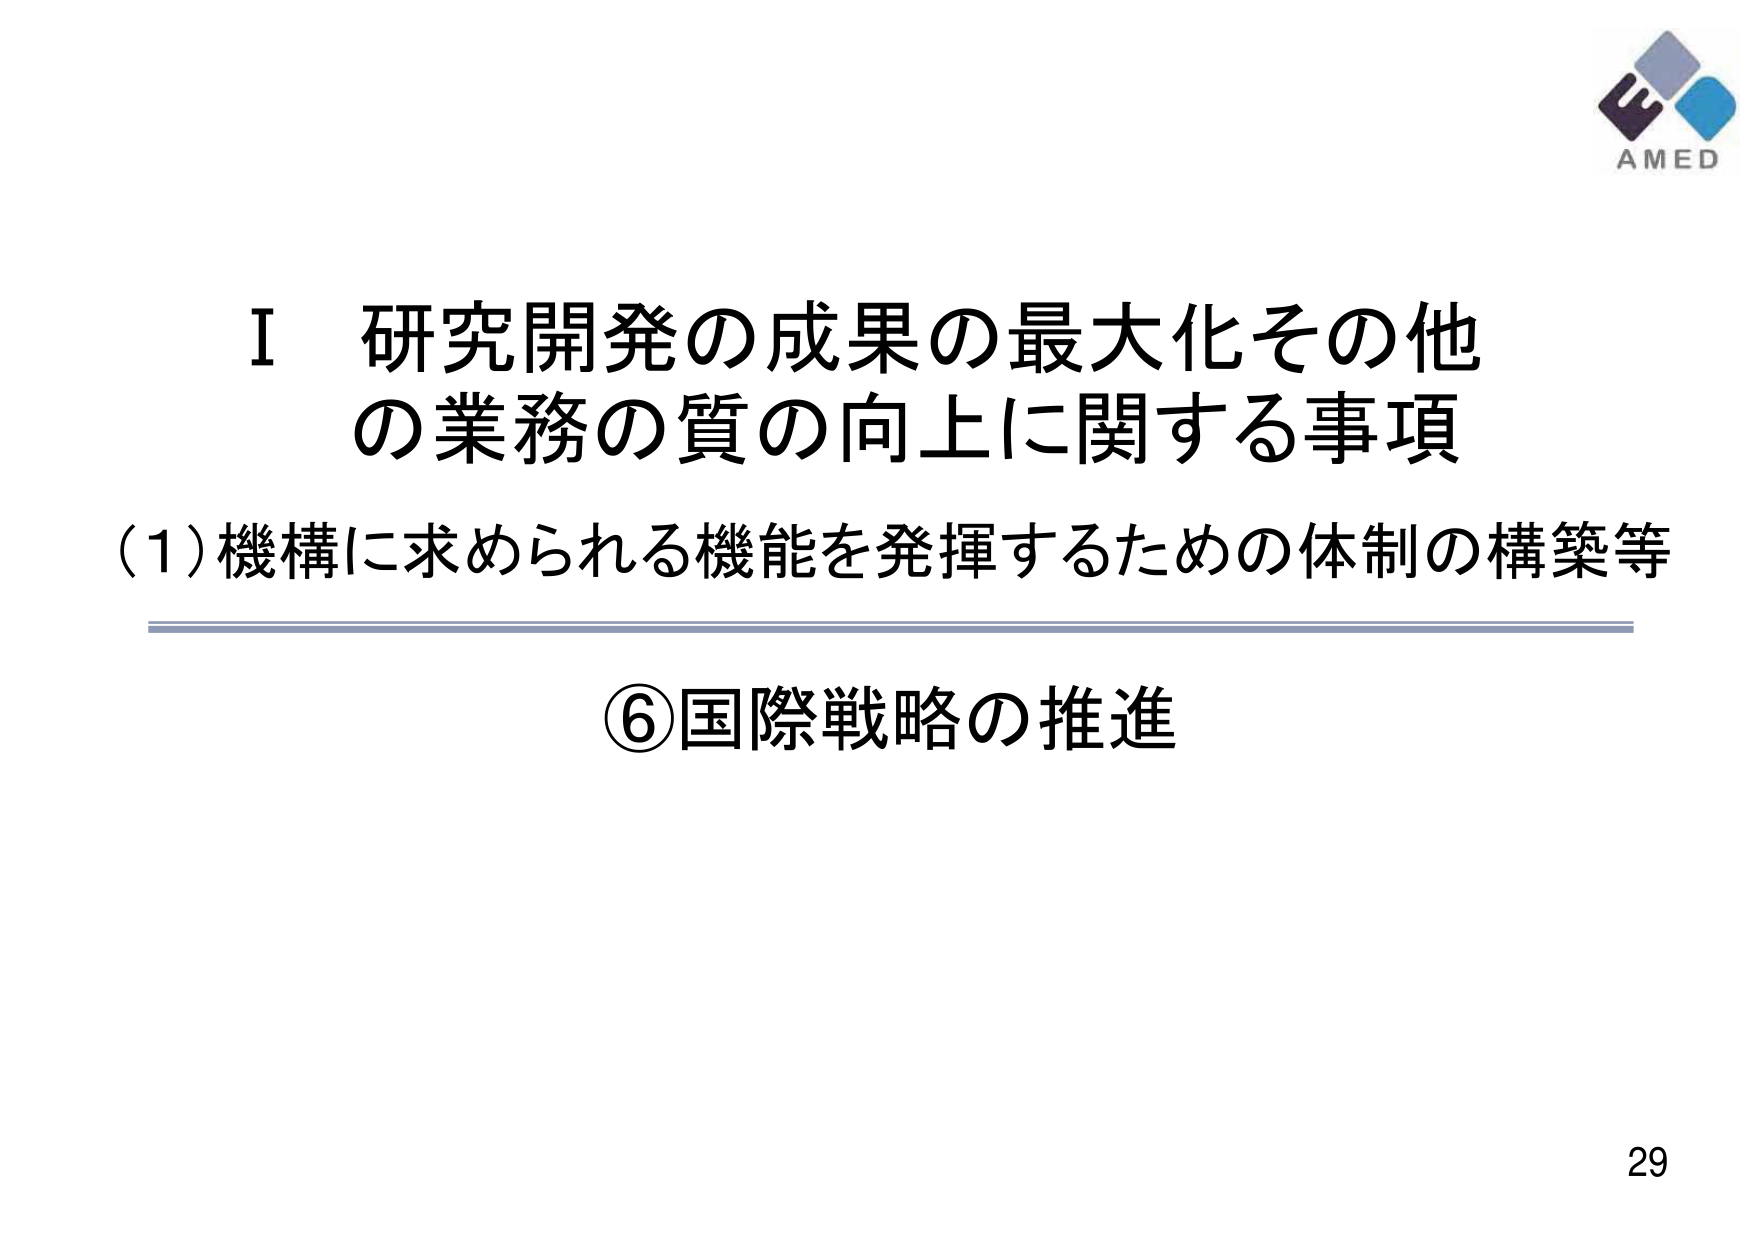
I 研究開発の成果の最大化その他
の業務の質の向上に関する事項
(1) 機構に求められる機能を発揮するための体制の構築等
⑥国際戦略の推進
AMED
29